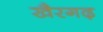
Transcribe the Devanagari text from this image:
खैरगढ़